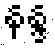
နန္ဒ